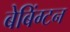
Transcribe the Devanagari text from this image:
बेबिंग्टन